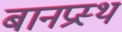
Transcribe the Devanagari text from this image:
बानप्रस्‍थ